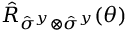
\hat { R } _ { { \hat { \sigma } } ^ { y } \otimes { \hat { \sigma } } ^ { y } } ( \theta )